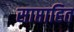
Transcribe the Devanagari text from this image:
साप्ताहित